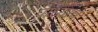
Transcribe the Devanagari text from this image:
पाध्यांचे